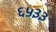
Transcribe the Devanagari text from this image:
६५३३